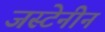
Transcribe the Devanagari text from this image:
जस्टेनीन